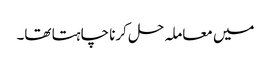
میں معاملہ حل کرنا چاہتا تھا۔